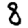
Digit: 8